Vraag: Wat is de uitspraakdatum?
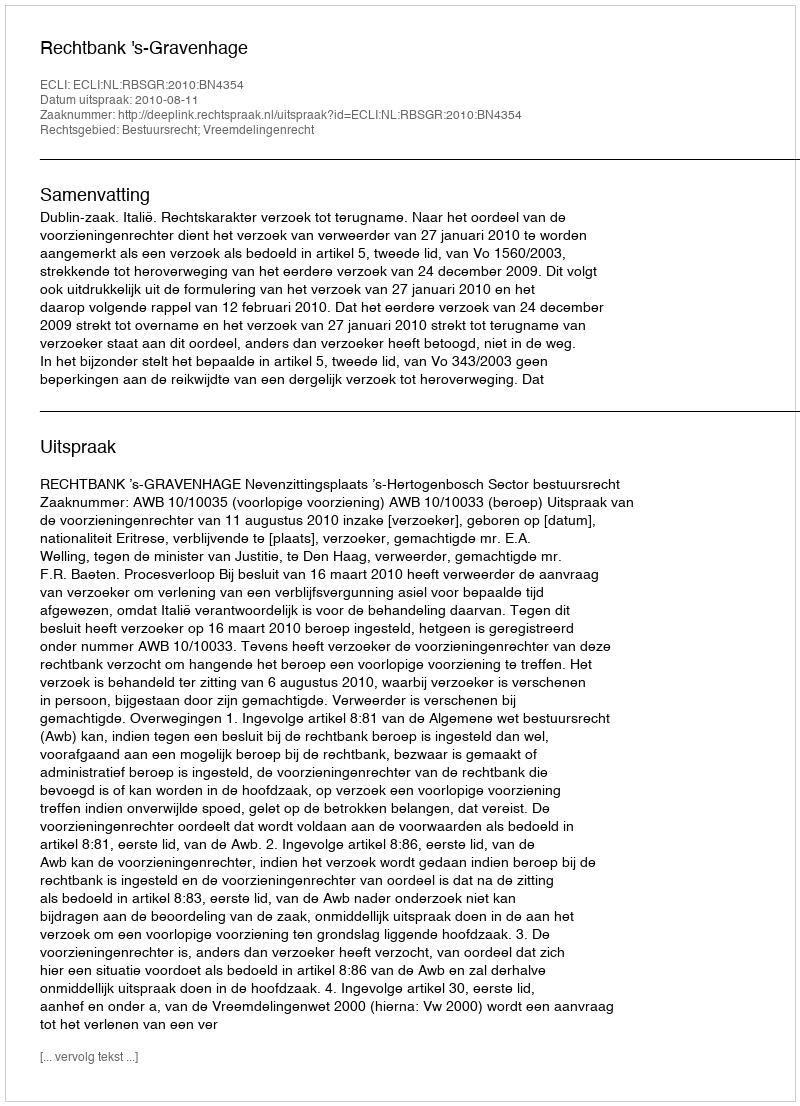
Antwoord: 2010-08-11